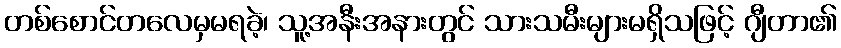
တစ်စောင်တလေမှမရခဲ့၊ သူ့အနီးအနားတွင် သားသမီးများမရှိသဖြင့် ဂျီတာ၏